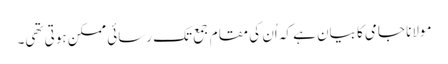
مولانا جامی کا بیان ہے کہ اُن کی مقام جمع تک رسائی ممکن ہوتی تھی۔